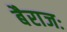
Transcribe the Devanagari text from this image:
बैराजः